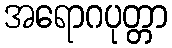
အရောဂပုတ္တာ